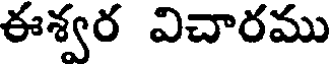
ఈశ్వర విచారము